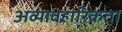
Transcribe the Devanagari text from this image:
अव्यावहारिकता